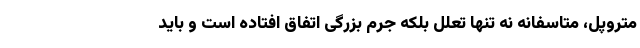
متروپل، متاسفانه نه تنها تعلل بلکه جرم بزرگی اتفاق افتاده است و باید